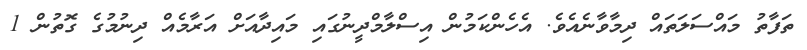
ތަފާތު މައްސަލަތައް ދިމާވާނެއެވެ. އެހެންކަމުން އިސްލާމްދީނުގައި މައިދާއަށް އަރާމެއް ދިނުމުގެ ގޮތުން 1